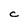
Character: C